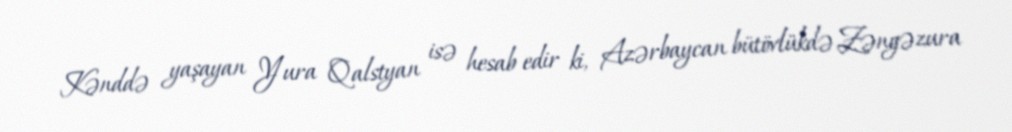
Kənddə yaşayan Yura Qalstyan isə hesab edir ki, Azərbaycan bütövlükdə Zəngəzura